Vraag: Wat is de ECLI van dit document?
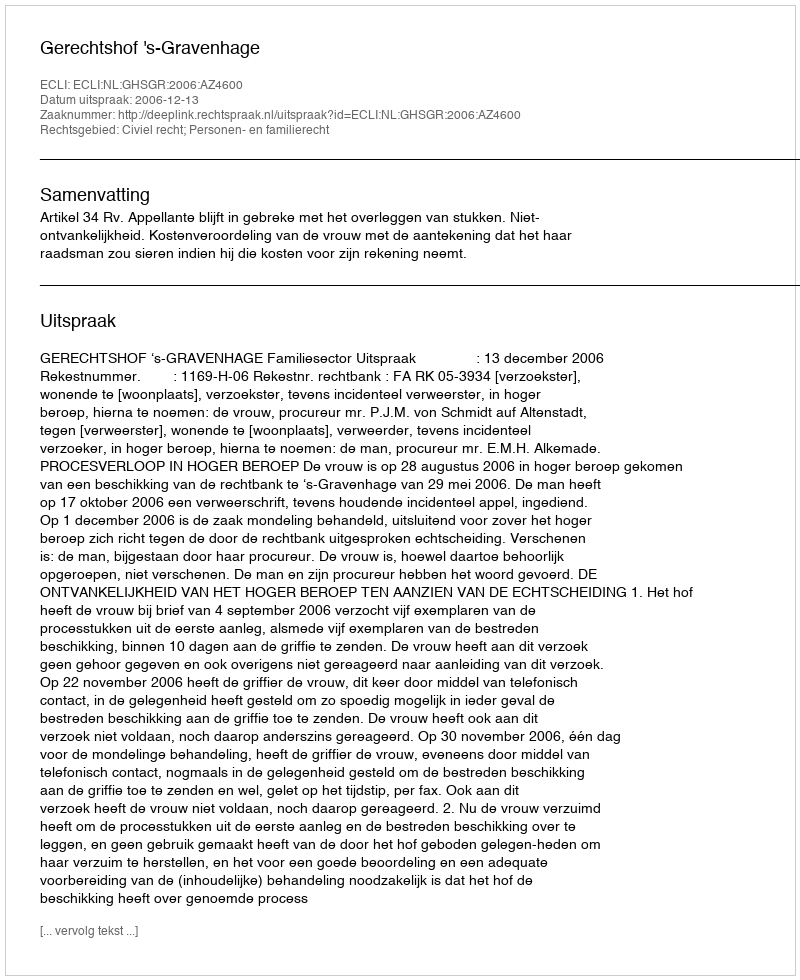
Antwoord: ECLI:NL:GHSGR:2006:AZ4600